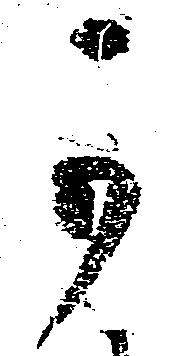
可